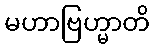
မဟာဗြဟ္မာတိ